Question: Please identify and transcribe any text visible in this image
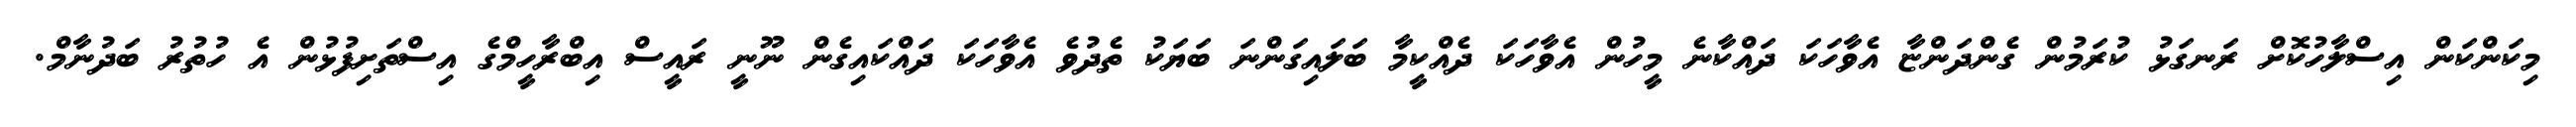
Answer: މިކަންކަން އިސްލާހުކޮށް ރަނގަޅު ކުރަމުން ގެންދަންޏާ އެވާހަކަ ދައްކާނެ މީހުން އެވާހަކަ ދެއްކީމާ ބަލައިގަންނަ ބަޔަކު ތެދުވެ އެވާހަކަ ދައްކައިގެން ނޫނީ ރައީސް އިބްރާހީމްގެ އިސްތަށިފުޅުން އެ ހުތުރު ބަދުނާމް.